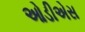
ઓડીએસ